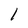
Character: 1